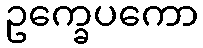
ဥက္ခေပကော